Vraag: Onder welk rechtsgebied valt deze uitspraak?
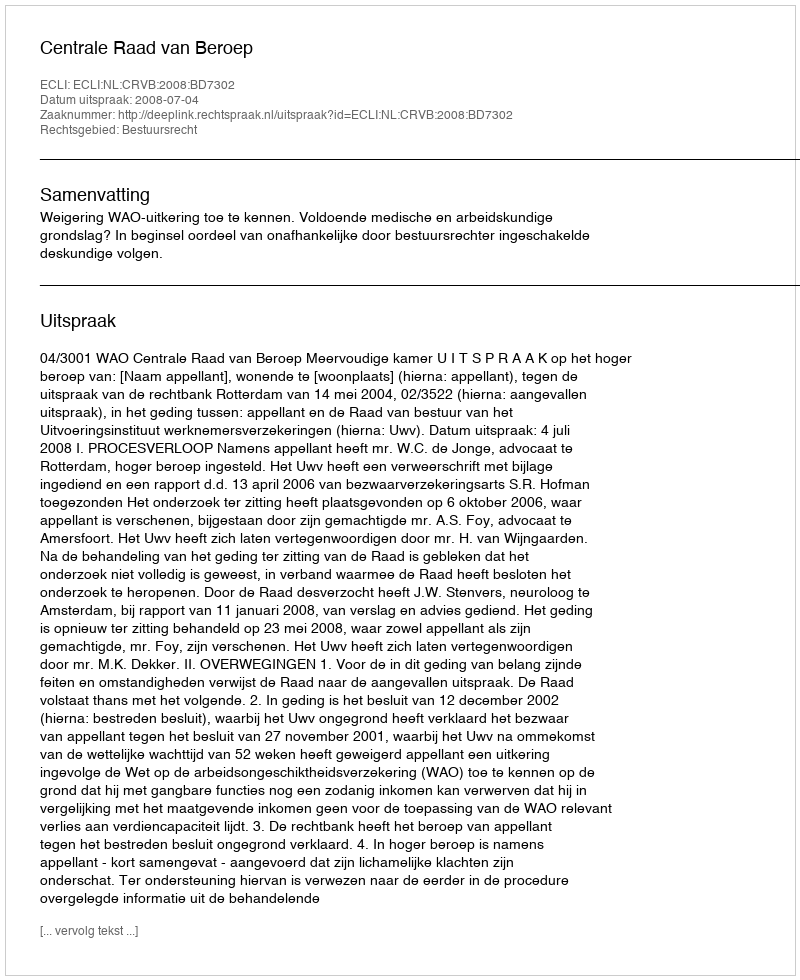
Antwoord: Bestuursrecht